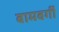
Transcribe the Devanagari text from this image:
बामवर्गी